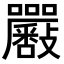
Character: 𡆉